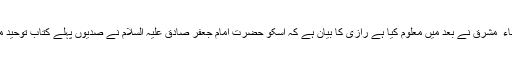
دورانِ خون یہ مسئلہ جو اطباء ِ مشرق نے بعد میں معلوم کیا ہے رازی کا بیان ہے کہ اسکو حضرت امام جعفر صادق علیہ السلام نے صدیوں پہلے کتاب توحیدِ مفضل میں بیان فرما دیا ہے۔